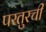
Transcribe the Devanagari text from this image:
परतुरची